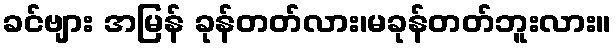
ခင်ဗျား အမြန် ခုန်တတ်လား၊မခုန်တတ်ဘူးလား။